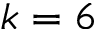
k = 6